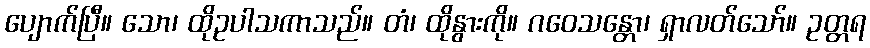
ပျောက်ပြီ။ သော၊ ထိုဥပါသကာသည်။ တံ၊ ထိုနွားကို။ ဂဝေသန္တော၊ ရှာလတ်သော်။ ဥတ္တရ